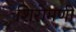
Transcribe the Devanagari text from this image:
शिरोमणी